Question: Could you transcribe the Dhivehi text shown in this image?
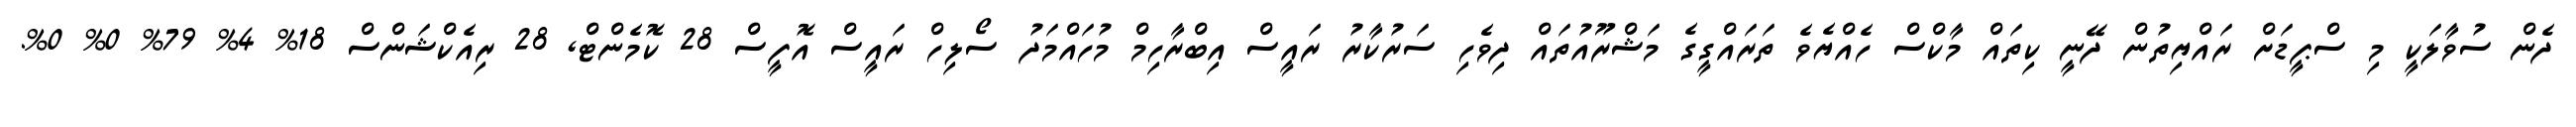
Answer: ދެން ސުވާލަކީ މި ސްޕީޑަށް ރައްޔިތުން ދޭނީ ކިތައް މާކްސް ހެއްޔެވެ ތަރައްގީގެ މަޝްރޫއުތައް ދިވެހި ސަރުކާރު ރައީސް އިބްރާހިމް މުހައްމަދު ސޯލިހް ރައީސް އޮފީސް 28 ކޮމެންޓް, 28 ރިއެކްޝަންސް 18% 4% 79% 0% 0%.